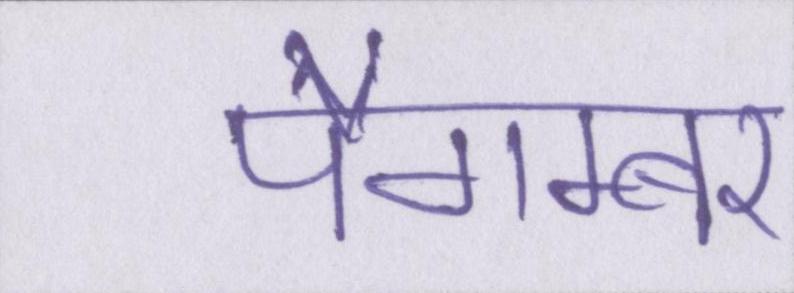
पैगम्बर